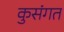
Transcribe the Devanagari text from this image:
कुसंगत